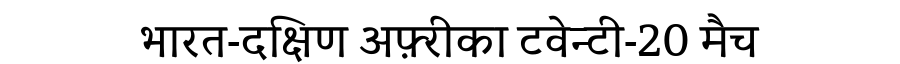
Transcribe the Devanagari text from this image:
भारत-दक्षिण अफ़्रीका टवेन्टी-20 मैच